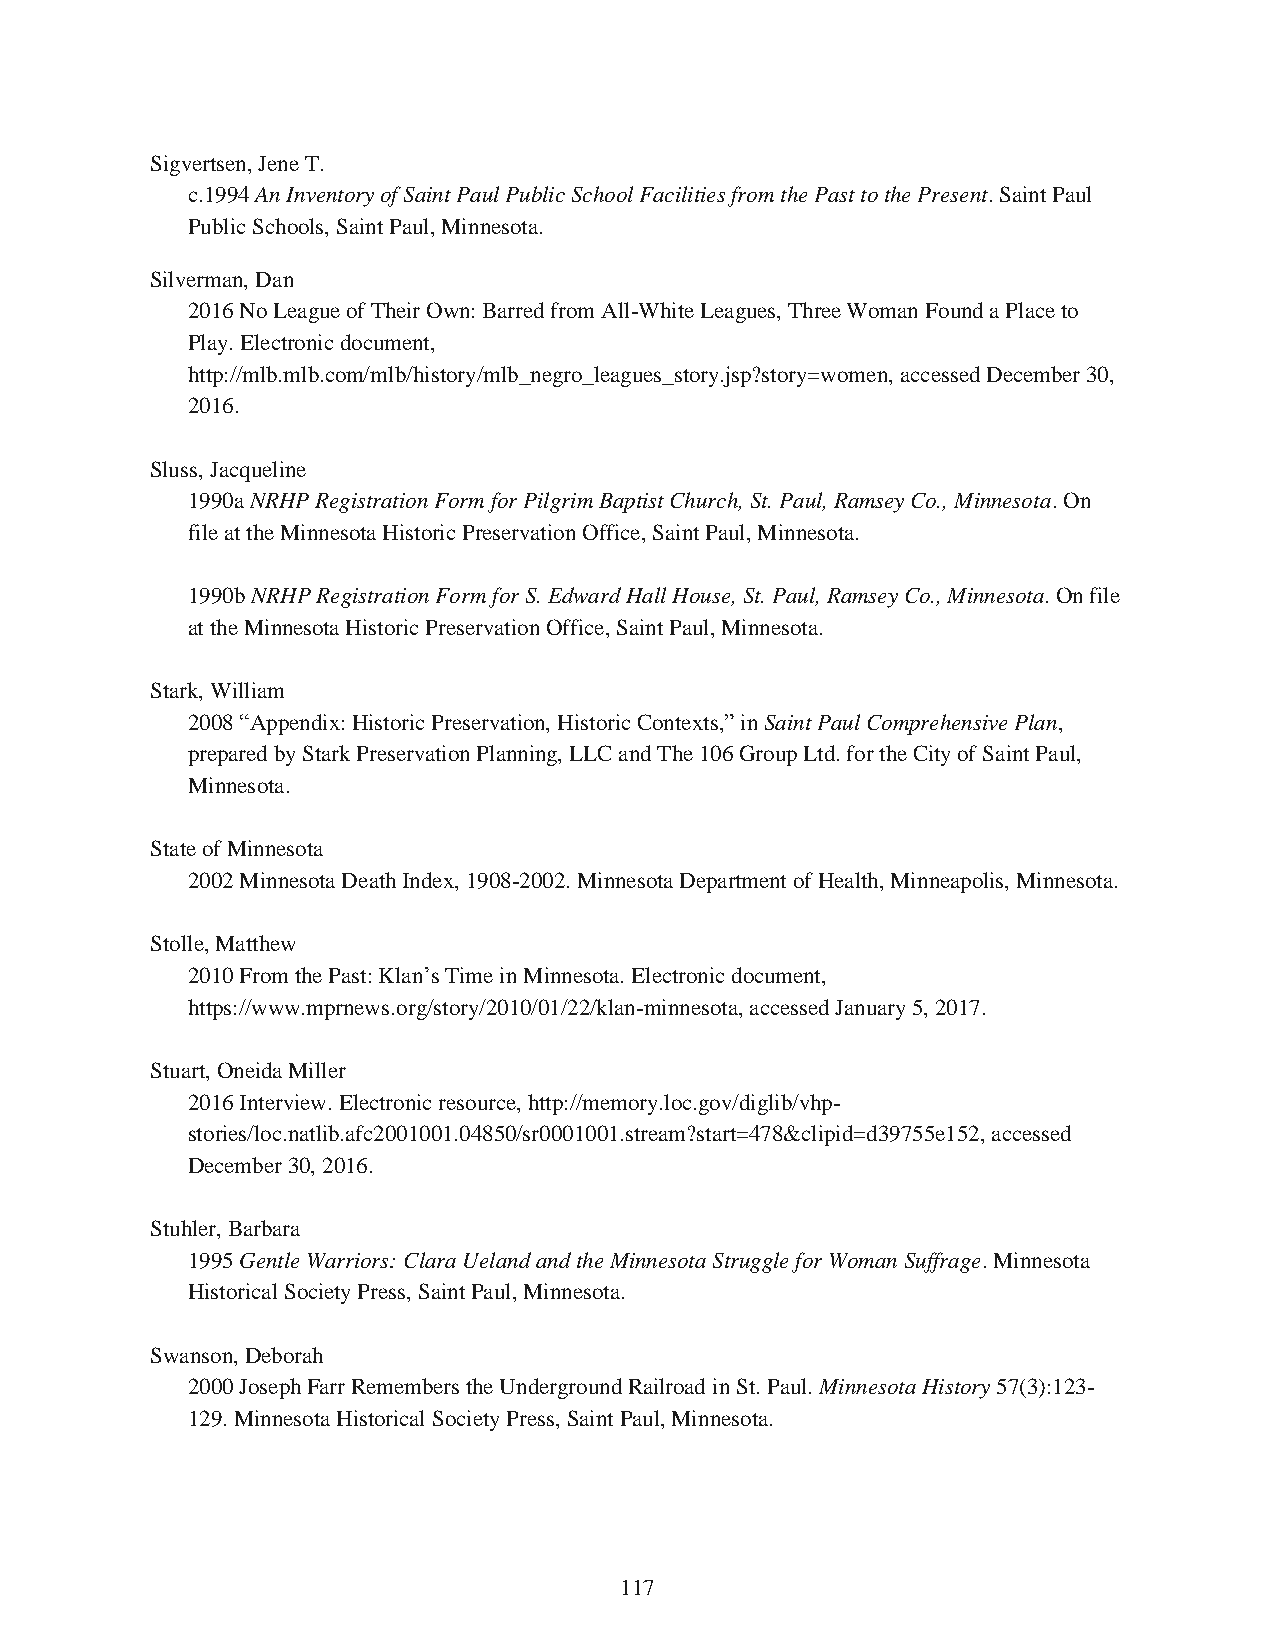
Sigvertsen, Jene T.
 c.1994 An Inventory of Saint Paul Public School Facilities from the Past to the Present. Saint Paul
 Public Schools, Saint Paul, Minnesota.
 Silverman, Dan
 2016 No League of Their Own: Barred from All-White Leagues, Three Woman Found a Place to
 Play. Electronic document,
 http://mlb.mlb.com/mlb/history/mlb_negro_leagues_story.jsp?story=women, accessed December 30,
 2016.
 Sluss, Jacqueline
 1990a NRHP Registration Form for Pilgrim Baptist Church, St. Paul, Ramsey Co., Minnesota. On
 file at the Minnesota Historic Preservation Office, Saint Paul, Minnesota.
 1990b NRHP Registration Form for S. Edward Hall House, St. Paul, Ramsey Co., Minnesota. On file
 at the Minnesota Historic Preservation Office, Saint Paul, Minnesota.
 Stark, William
 2008 “Appendix: Historic Preservation, Historic Contexts,” in Saint Paul Comprehensive Plan,
 prepared by Stark Preservation Planning, LLC and The 106 Group Ltd. for the City of Saint Paul,
 Minnesota.
 State of Minnesota
 2002 Minnesota Death Index, 1908-2002. Minnesota Department of Health, Minneapolis, Minnesota.
 Stolle, Matthew
 2010 From the Past: Klan’s Time in Minnesota. Electronic document,
 https://www.mprnews.org/story/2010/01/22/klan-minnesota, accessed January 5, 2017.
 Stuart, Oneida Miller
 2016 Interview. Electronic resource, http://memory.loc.gov/diglib/vhp-
 stories/loc.natlib.afc2001001.04850/sr0001001.stream?start=478&clipid=d39755e152, accessed
 December 30, 2016.
 Stuhler, Barbara
 1995 Gentle Warriors: Clara Ueland and the Minnesota Struggle for Woman Suffrage. Minnesota
 Historical Society Press, Saint Paul, Minnesota.
 Swanson, Deborah
 2000 Joseph Farr Remembers the Underground Railroad in St. Paul. Minnesota History 57(3):123-
 129. Minnesota Historical Society Press, Saint Paul, Minnesota.
 117